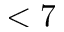
< 7